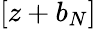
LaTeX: [z+b_{N}]